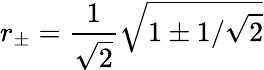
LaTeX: r_{\pm}=\frac{1}{\sqrt{2}}\sqrt{1\pm 1/\sqrt{2}}